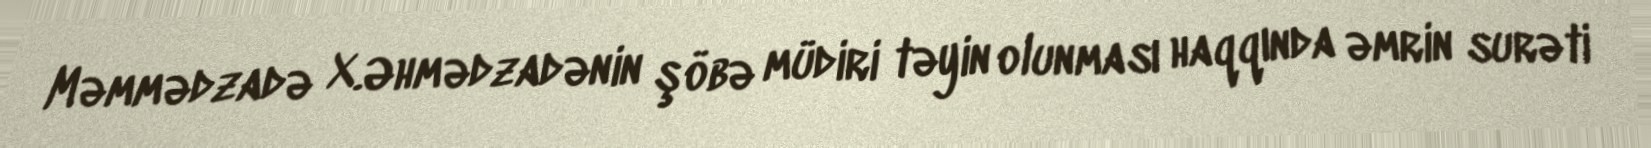
Məmmədzadə X.Əhmədzadənin şöbə müdiri təyin olunması haqqında əmrin surəti